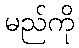
မည်ကို